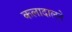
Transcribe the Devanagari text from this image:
कलादालने